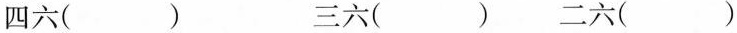
四六( ) 三六( ) 二六( )